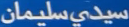
سيدي-سليمان